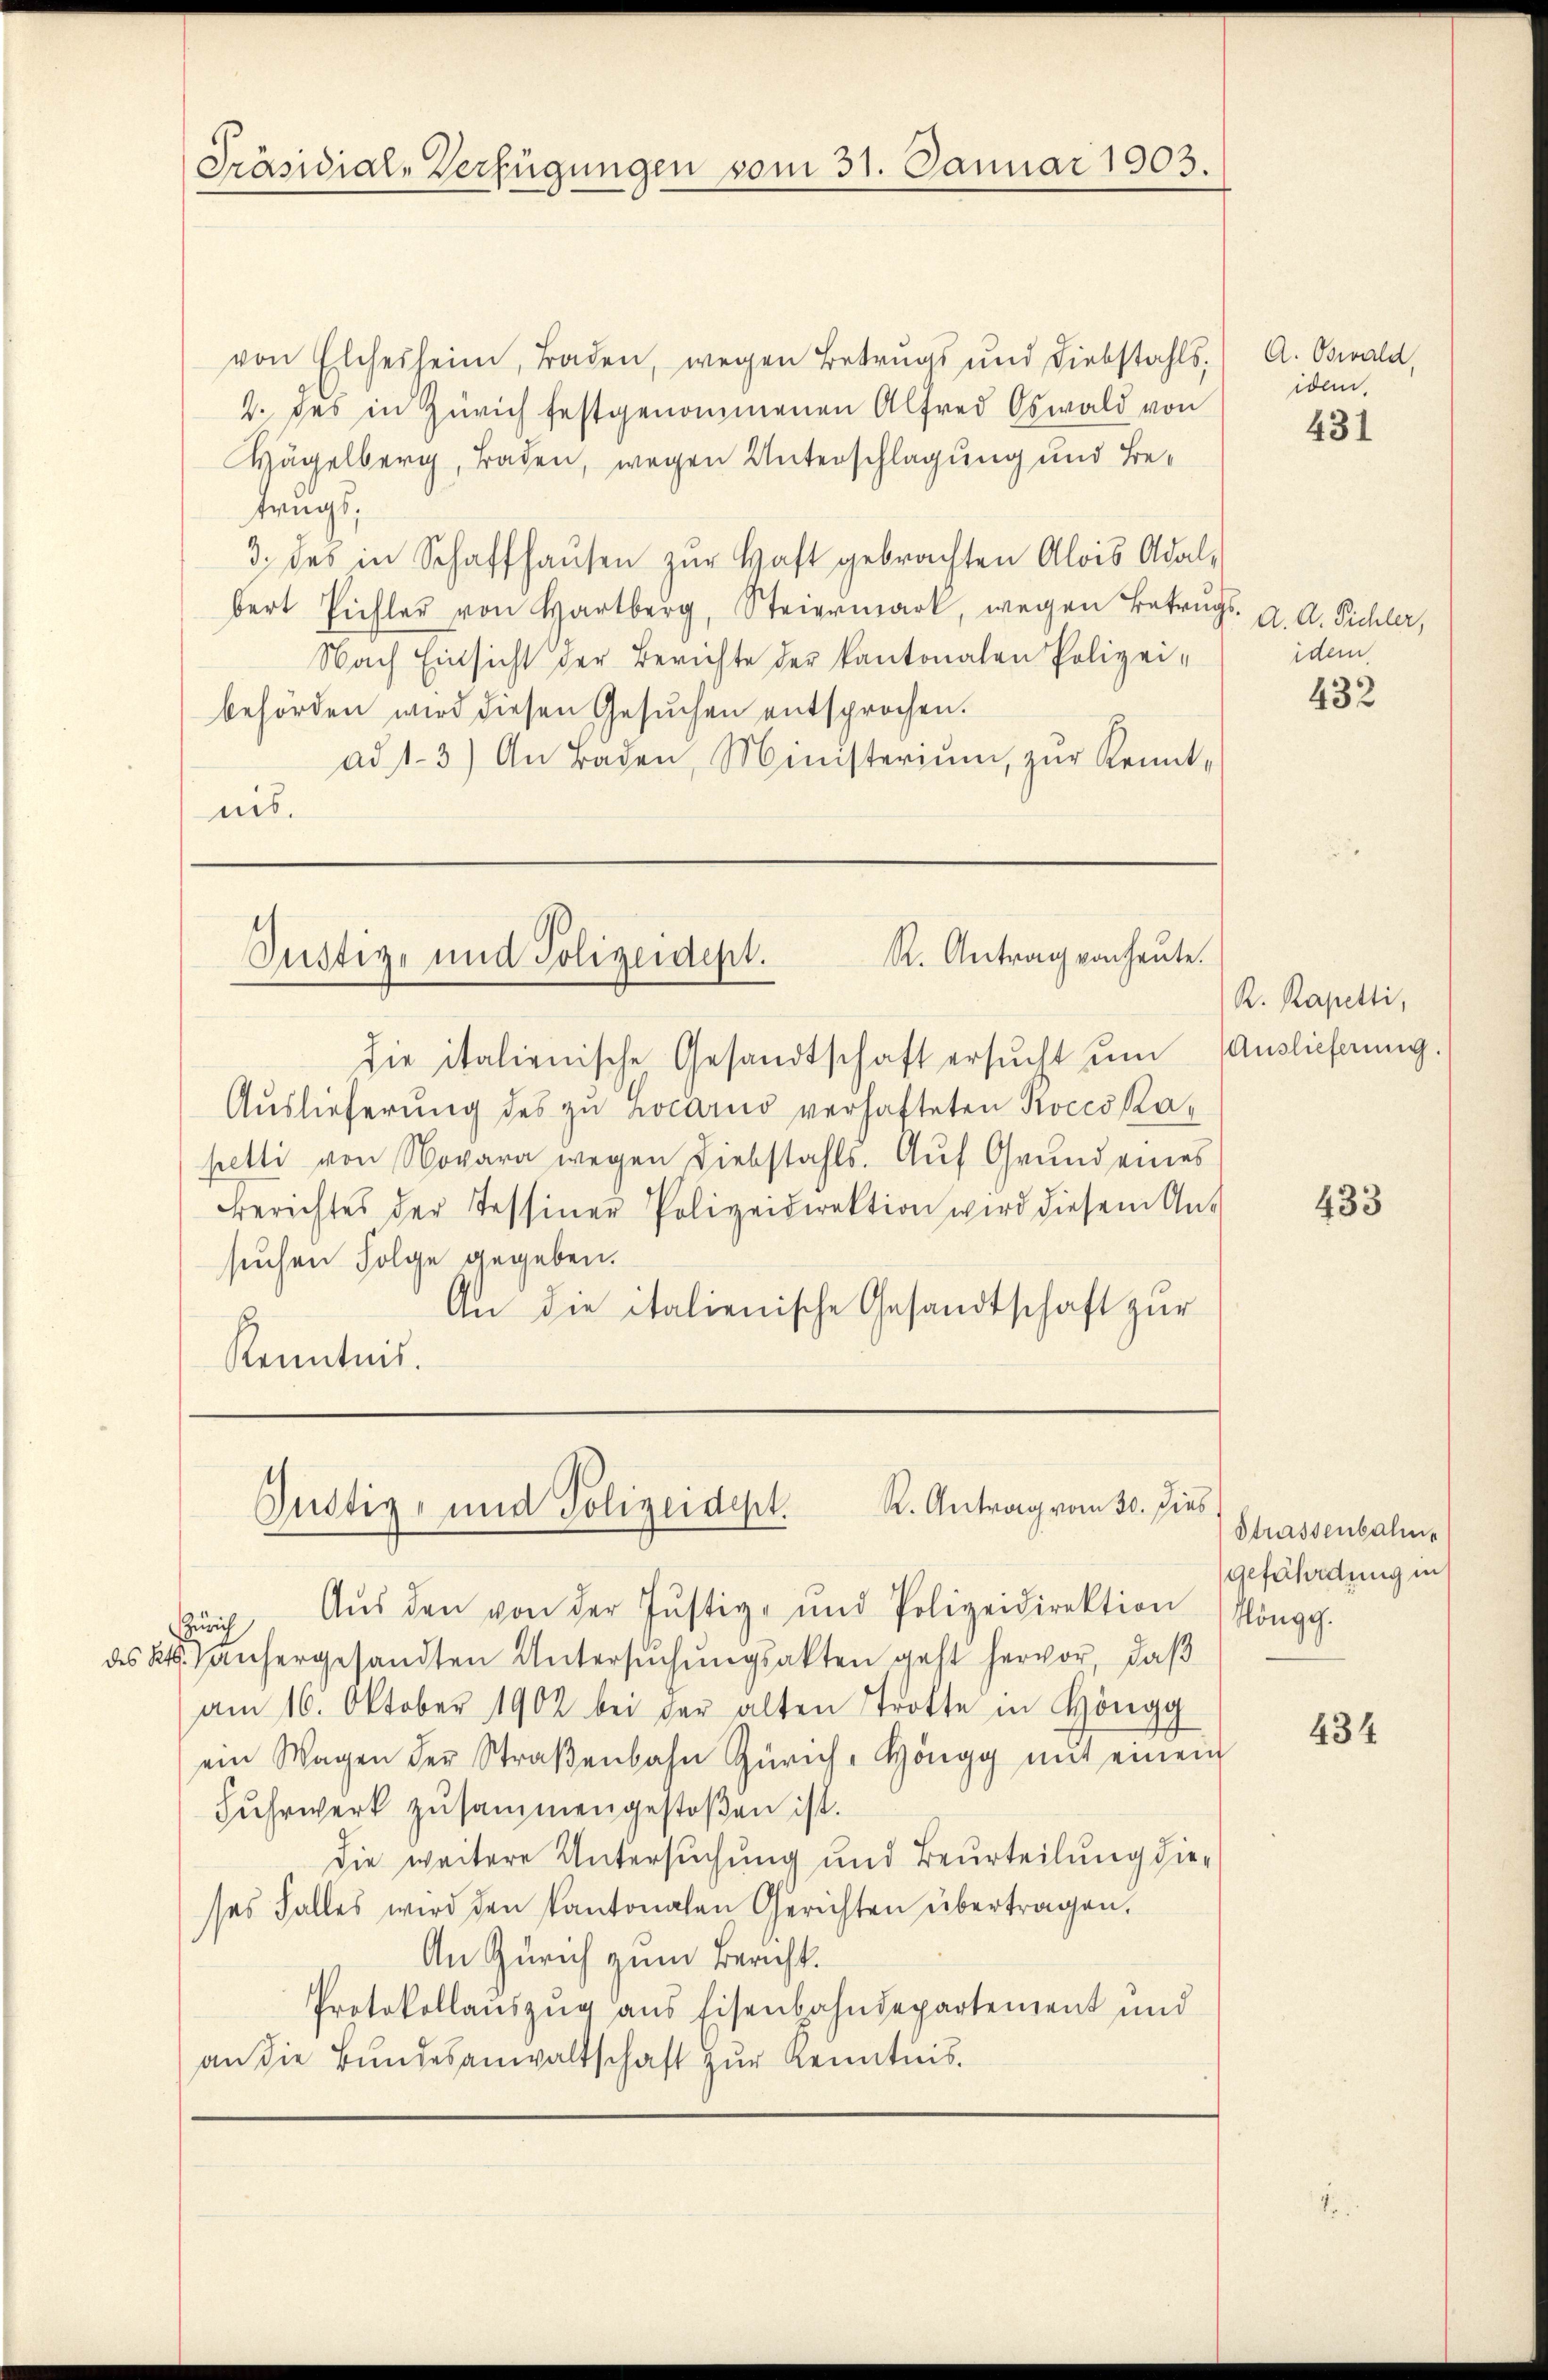
des Kt

Präsidial-Verfügungen vom 31. Januar 1903.

von Elches heim, Baden, wegen Betrugs und Diebstahls,
2. des in Zürich festgenommenen Alfred Oswald von
Hügelberg, Baden, wegen Unterschlagung und Betrugs,
3. des in Schaffhaŭsen zŭr Haft gebrachten Alois Adal-
bert Pichler von Hartberg, Steiermark, wegen Betrugs- A. A. Pichler,
Nach Einsicht der Berichte der kantonalen Polizei-
behörden wird diesen Gesuchen entsprochen.
ad 1.3) An Baden, Ministerium, zŭr Kennt-
nis.

R. Antrag von heute.
Justiz- und Polizeidept.

die italienische Gesandtschaft ersŭcht ŭm Auslieferung.
Auslieferung des zu Locarno verhafteten Rocco Kapetti von Novara wegen Liebstahls. Auf Grund eines
Berichtes der Tessiner Polizeidirektion wird diesem Aus
suchen Folge gegeben.
An die italienische Gesandtschaft zur
Kenntnis.

R. Antrag vom 30. dies
Justiz- und Polizeidept.

Aŭs den von der Justiz- und Polizeidirektion (Köngg.
Zürich
5. anhergesandten Untersŭchŭngsakten geht hervor, daß
am 16. Oktober 1902 bei der alten Trotte in Höngg
ein Wagen der Straβenbahn Zürich- Höngg mit einem
Fuhrwerk zusammengestoßen ist.
die weitere Untersuchung und Beurteilung dieses Falles wird den kantonalen Gerichten übertragen.
An Zürich zum Bericht.
Protokollauszug aus Eisenbahndepartement und
an die Bundesanwaltschaft zur Kenntnis.

A. Oswald,
idem.

431

idem.

432

R. Rapetti,

433

Strassenbalme
gefährdung in

434